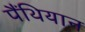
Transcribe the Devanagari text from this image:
पैंथियान